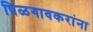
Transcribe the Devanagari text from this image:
पिळगावकरांना